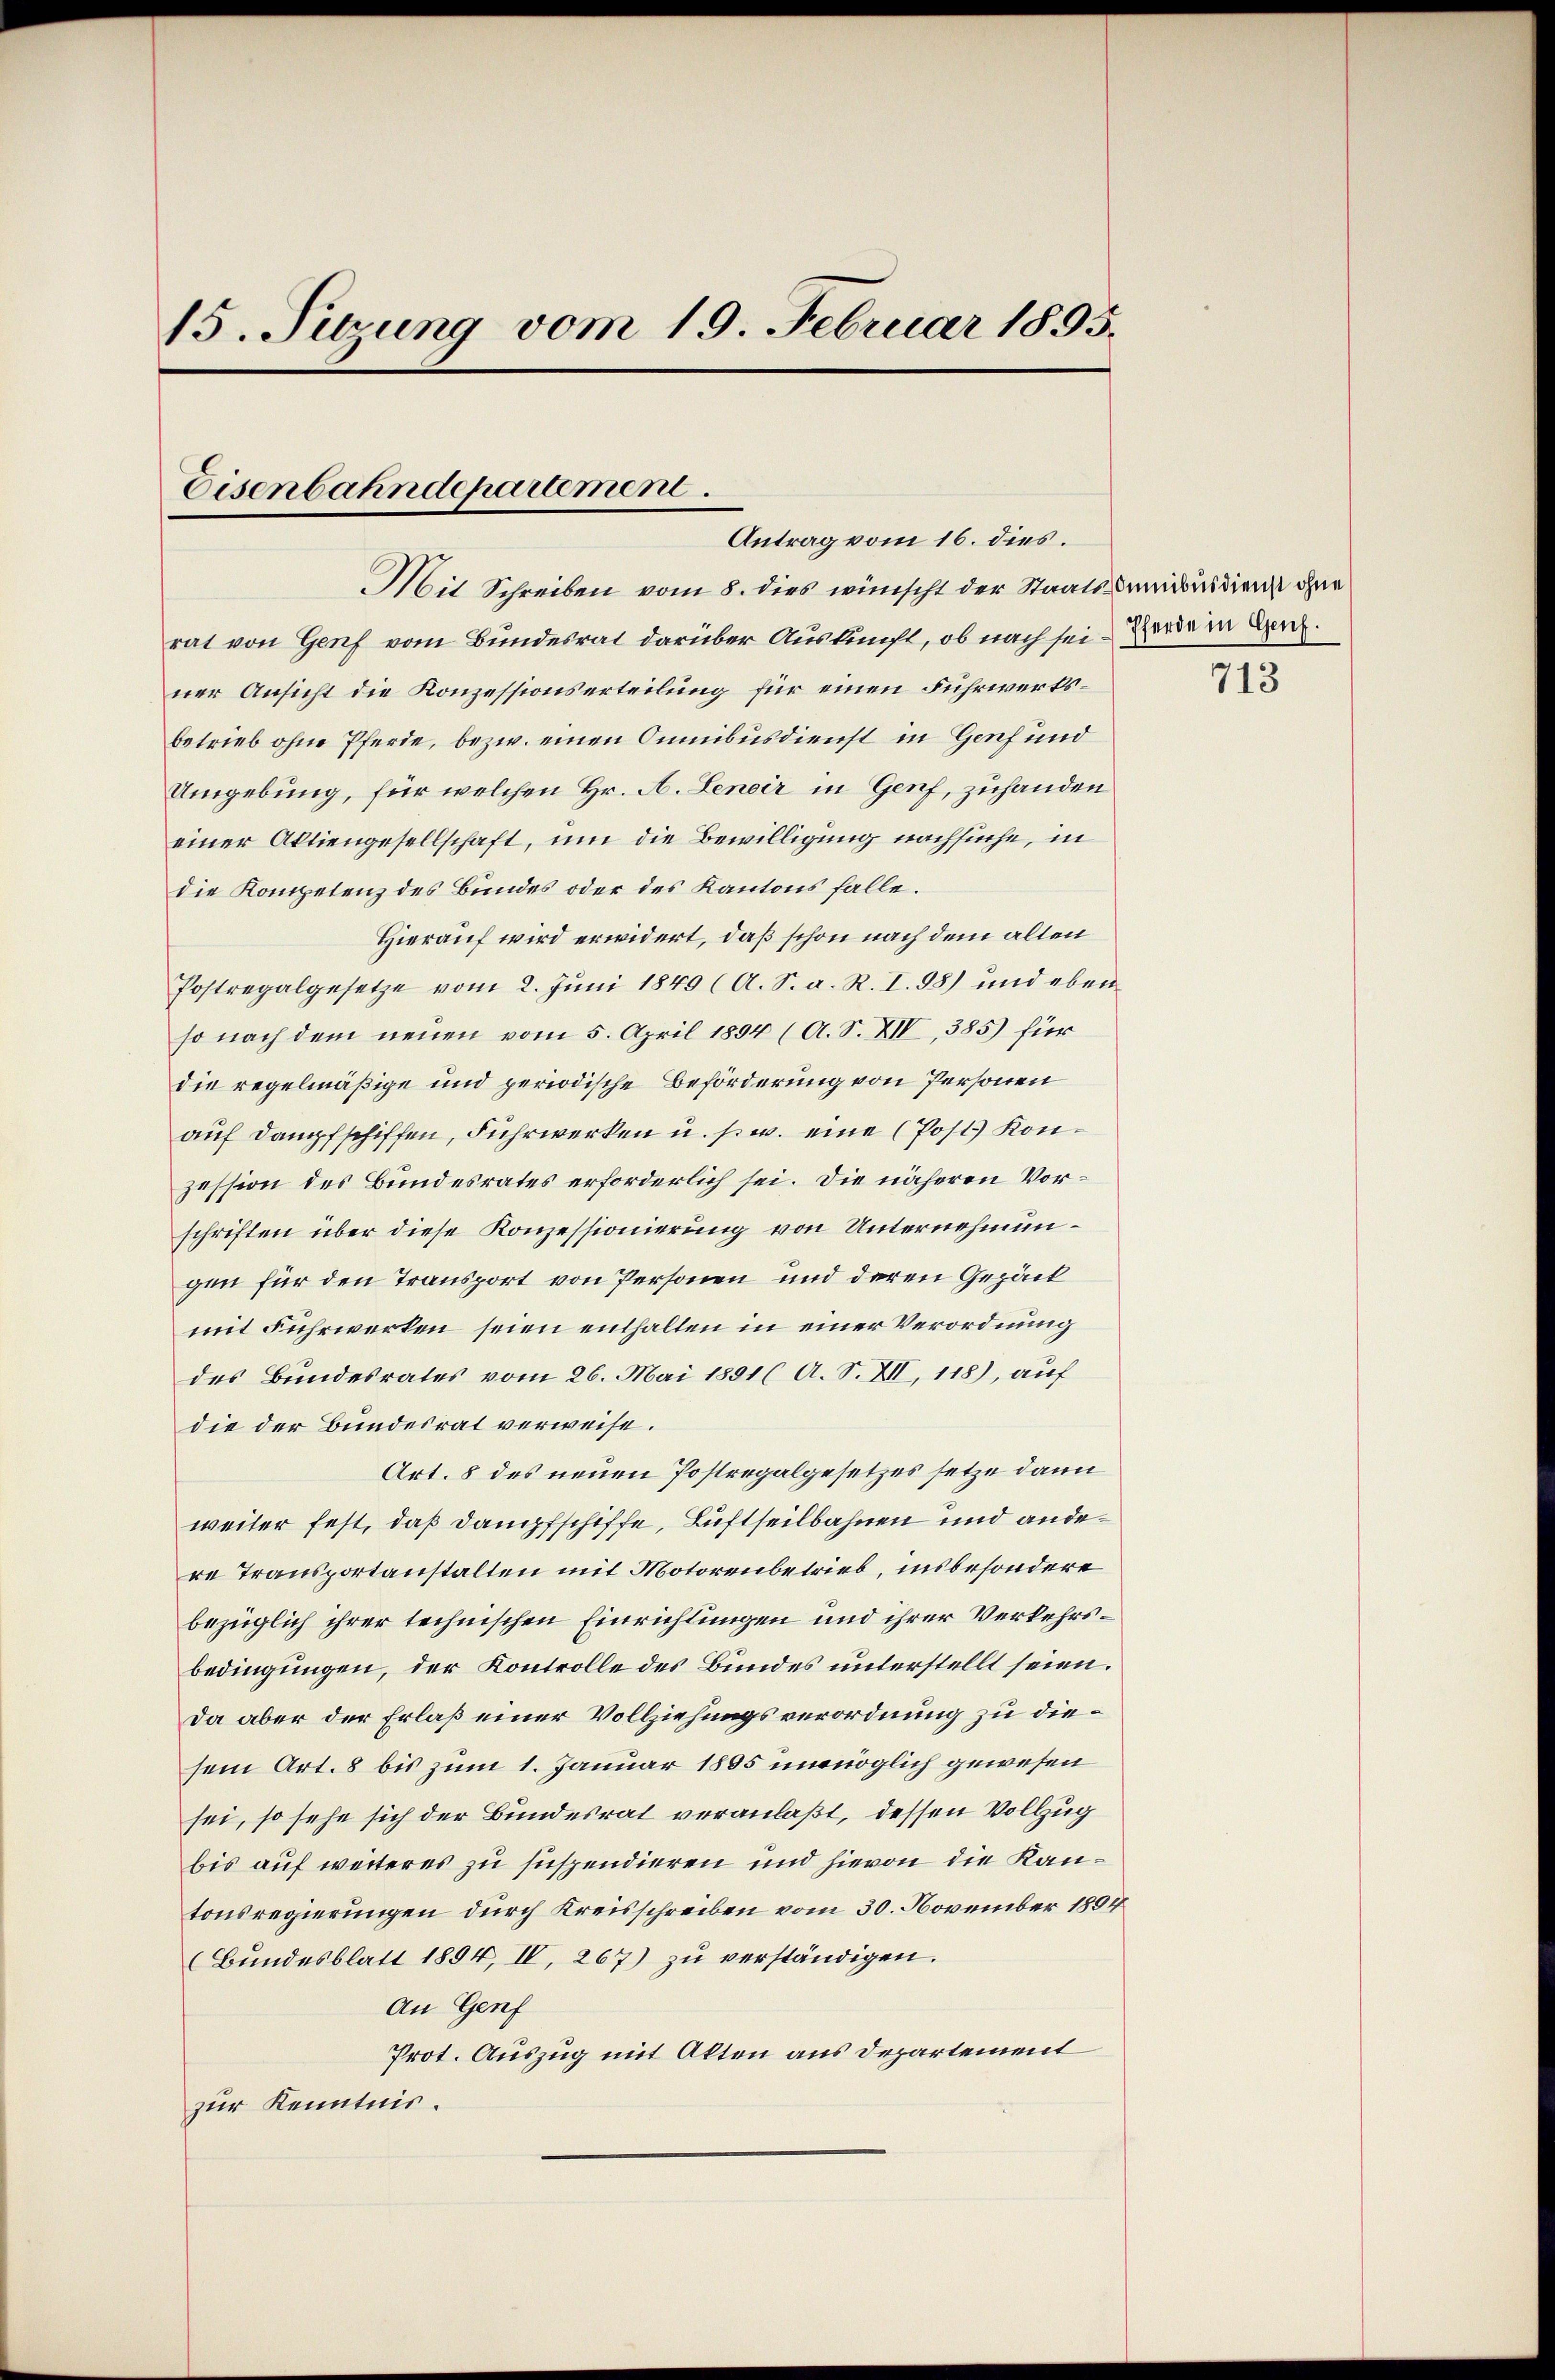
15. Sebung vom 19. Februar 1895.
Eisenbahndepartement.
Antrag vom 16. dies.
Mit Schreiben vom 8. dies wünscht der Staatsdamusdienst ohne

rat von Genf vom Bundesrat darüber Auskunft, ob nach sei Herde in Ger.
ner Ansicht die Konzessionserteilung für einen Fuhrwerksbetrieb ohne Pferde, bezw. einen Omnibusdienst in Genf und
Umgebung, für welchen Hr. A. Lenoir in Genf, zuhanden
einer Aktiengesellschaft, um die Bewilligung nachsuche, in
die Kompetenz des Bundes oder des Kantons falle.
Hierauf wird erwidert, daß schon nach dem alten
Postregalgesetze vom 2. Juni 1849 (A. S. a. R. I. 98) und eben
so nach dem neuen vom 5. April 1894 (A. S. XIV 385) für
die regelmäßige und periodische Beförderung von Personen
auf Dampfschiffen, Fuhrwerken u. s. w. eine (Post Konzession des Bundesrates erforderlich sei. Die näheren Vorschriften über diese Konzessionierung von Unternehmungen für den Transport von Personen und deren Gepäck
mit Fuhrwerken seien enthalten in einer Verordnung
des Bundesrates vom 26. Mai 1891 ( A. S. XII, 118), auf
die der Bundesrat verweise.
Art. 8 des neuen Postregalgesetzes setze dann
weiter fest, daß Dampfschiffe, Luftseilbahnen und andere Transportanstalten mit Motorenbetrieb, insbesondere
bezüglich ihrer technischen Einrichtungen und ihrer Verkehrsbedingungen, der Kontrolle des Bundes unterstellt seien.
Da aber der Erlaß einer Vollziehungsverordnung zu diesem Art. 8 bis zum 1. Januar 1865 unmöglich gewesen
sei, so sehe sich der Bundesrat veranlaßt, dessen Vollzug
bis auf weiteres zu suspendieren und hievon die Kantonsregierungen durch Kreisschreiben vom 30. November 1894
(Bundesblatt 1894, IV, 267) zu verständigen.
An Genf
Prot. Auszug mit Akten aus Departement
zur Kenntnis.

713